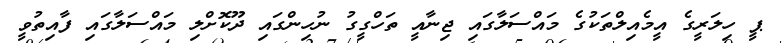
ޕީ ހިލަރީގެ އީމެއިލްތަކުގެ މައްސަލާގައި ޖިނާއީ ތަހްގީގު ނުހިންގައި ދޫކޮށްލި މައްސަލާގައި ފާއިތުވީ